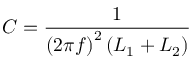
C = { \frac { 1 } { \left( 2 \pi f \right) ^ { 2 } \left( L _ { 1 } + L _ { 2 } \right) } }